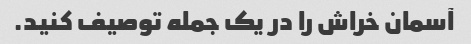
آسمان خراش را در یک جمله توصیف کنید.